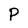
Character: p